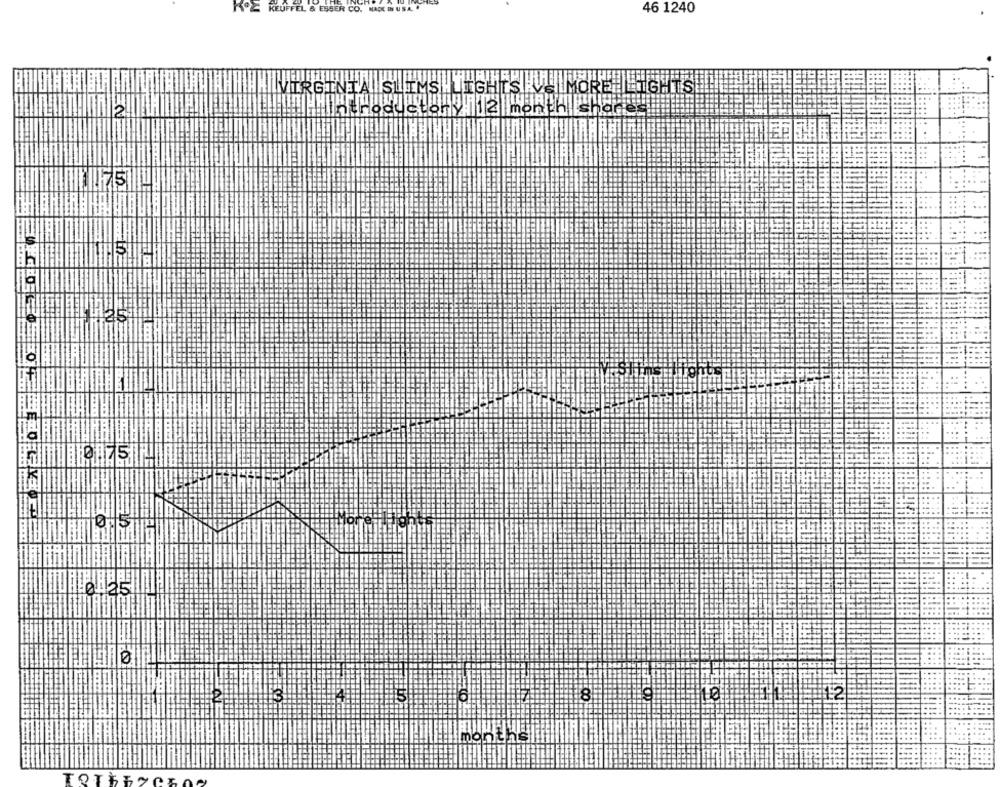
46 1240
KOE KEUFFEL & ESSER CO.
VIRGINIA SLIMS
ha
....
mont